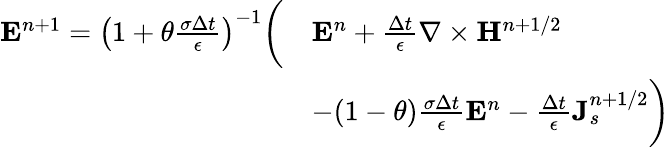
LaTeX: \begin{array}{rl}{{\mathbf E}^{n+1}=\left(1+\theta\frac{\sigma\Delta t}{\epsilon}\right)^{-1}\bigg(}&{{\mathbf E}^{n}+\frac{\Delta t}{\epsilon}\nabla\times{\mathbf H}^{n+1/2}}\\ &{-(1-\theta)\frac{\sigma\Delta t}{\epsilon}{\mathbf E}^{n}-\frac{\Delta t}{\epsilon}{\mathbf J}_{s}^{n+1/2}\bigg)}\end{array}